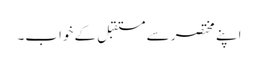
اپنے مختصر سے مستقبل کے خواب۔